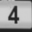
Digit: 4